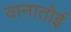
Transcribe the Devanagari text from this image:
वानातोई